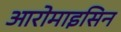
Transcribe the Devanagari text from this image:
आरोमाइसिन